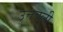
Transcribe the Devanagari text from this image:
उत्तवली